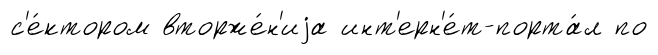
с'е́ктором вторже́н'иjа инт'ерн'е́т-порта́л по